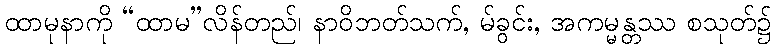
ထာမုနာကို “ထာမ”လိန်တည်၊ နာဝိဘတ်သက်, မ်ခွင်း, အကမ္မန္တဿ စသုတ်၌